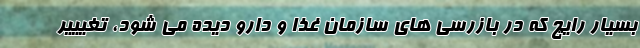
بسیار رایچ که در بازرسی های سازمان غذا و دارو دیده می شود، تغیییر